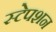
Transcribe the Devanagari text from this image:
स्‍टेपशन